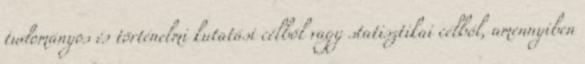
tudományos és történelmi kutatási célból vagy statisztikai célból, amennyiben